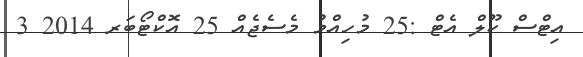
އިޓްސް ކޫލް އެޓް :25 މުހިއްމު މެސެޖެއް 25 އޮކްޓޯބަރ 2014 3